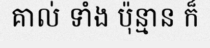
គាល់ ទាំង ប៉ុន្មាន ក៏